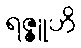
ရဇ္ဇူဟိ